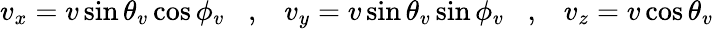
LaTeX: v_{x}=v\sin\theta_{v}\cos\phi_{v}\; \; \; ,\; \; \; v_{y}=v\sin\theta_{v}\sin\phi_{v}\; \; \; ,\; \; \; v_{z}=v\cos\theta_{v}